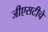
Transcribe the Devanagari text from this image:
जीएसटीचे